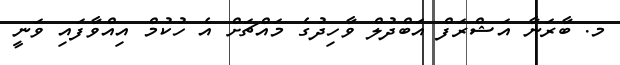
މ. ބާރަނާ އަޝްރަފް އަބްދުލް ވާހިދުގެ މައްޗަށް އެ ހުކުމް އިއްވާފައި ވަނީ